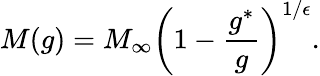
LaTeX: M(g)=M_{\infty}\left(1-\frac{g^{*}}{g}\right)^{1/\epsilon}.